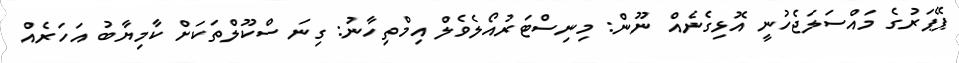
ޕޭޕަރުގެ މައްސަލަޖެހުނީ އޮޅިގެނެއް ނޫން: މިނިސްޓަރުއޯލެވެލް އިމްތިހާނު: ގިނަ ސްކޫލްތަކަށް ކާމިޔާބު އަހަރެއް